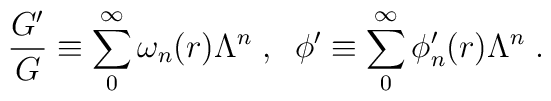
\frac{G'}{G} \equiv \sum_0^{\infty} \omega_n (r) \Lambda^n \; , \; \;\phi' \equiv \sum_0^{\infty} \phi'_n (r) \Lambda^n \; .